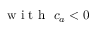
\mathrm { ~ w ~ i ~ t ~ h ~ } \ c _ { a } < 0